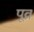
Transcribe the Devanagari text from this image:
पूव्र